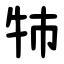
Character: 㸬